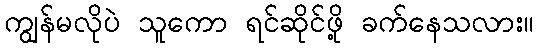
ကျွန်မလိုပဲ သူကော ရင်ဆိုင်ဖို့ ခက်နေသလား။